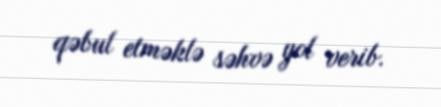
qəbul etməklə səhvə yol verib.